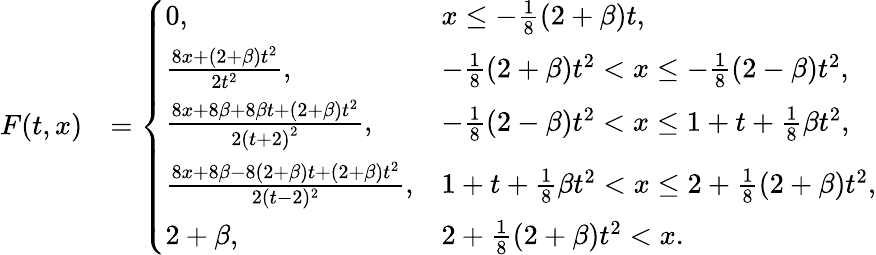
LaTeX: \begin{array}{rl}{F(t,x)}&{=\left\{ \begin{array}{ll}{0,}&{x\leq-\frac{1}{8}\left(2+\beta\right)t,}\\ {\frac{8x+\left(2+\beta\right)t^{2}}{2t^{2}},}&{-\frac{1}{8}\left(2+\beta\right)t^{2}<x\leq-\frac{1}{8}\left(2-\beta\right)t^{2},}\\ {\frac{8x+8\beta+8\beta t+(2+\beta)t^{2}}{2\left(t+2\right)^{2}},}&{-\frac{1}{8}\left(2-\beta\right)t^{2}<x\leq 1+t+\frac 18\beta t^{2},}\\ {\frac{8x+8\beta-8\left(2+\beta\right)t+\left(2+\beta\right)t^{2}}{2(t-2)^{2}},}&{1+t+\frac 18\beta t^{2}<x\leq 2+\frac 18\left(2+\beta\right)t^{2},}\\ {2+\beta,}&{2+\frac{1}{8}\left(2+\beta\right)t^{2}<x.}\end{array}\right.}\end{array}